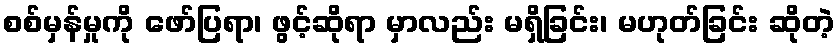
စစ်မှန်မှုကို ဖော်ပြရာ၊ ဖွင့်ဆိုရာ မှာလည်း မရှိခြင်း၊ မဟုတ်ခြင်း ဆိုတဲ့